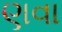
ણવા